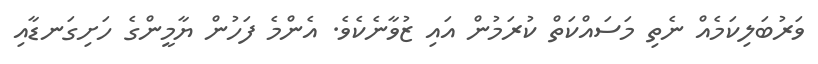
ވަރުބަލިކަމެއް ނެތި މަސައްކަތް ކުރަމުން އައި ޒުވާނެކެވެ. އެންމެ ފަހުން ޔާމީންގެ ހަށިގަނޑާއި